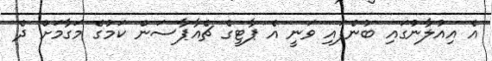
އެ އިއުލާނުގައި ބުނެފައި ވަނީ އެ ޕާޓީގެ ޗެއާޕާސަން ކަމުގެ މަގާމަށް ދެ